Scottish Leaving Certificate Examination, 1959
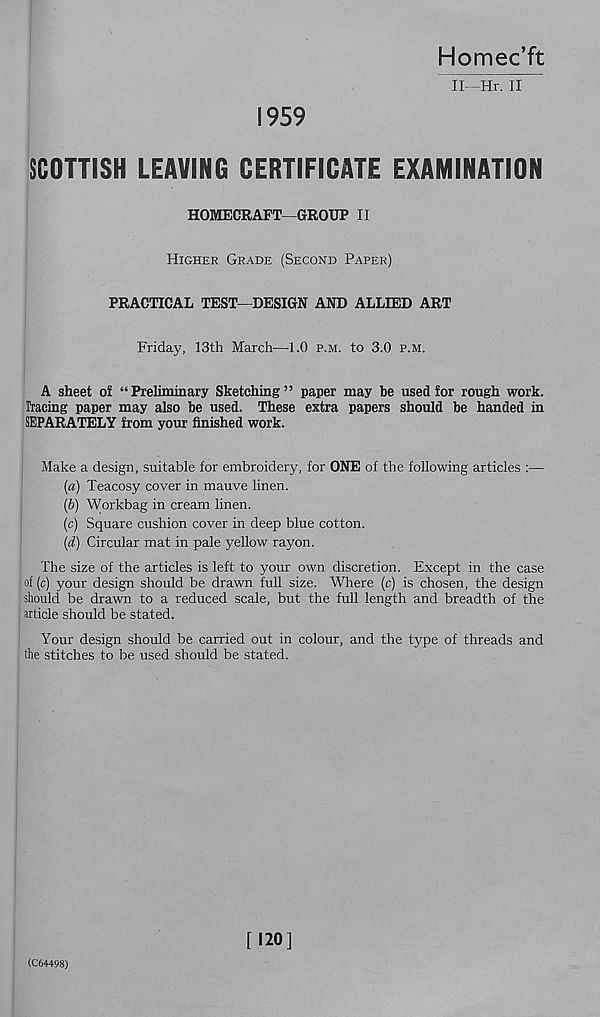
Homec’ft
II—Hr. II
1959
SCOTTISH LEAVING CERTIFICATE EXAMINATION
HOMECRAFT—GROUP II
Higher Grade (Second Paper)
PRACTICAL TEST—DESIGN AND ALLIED ART
Friday, 13th March—1.0 p.m. to 3.0 p.m.
A sheet of “Preliminary Sketching” paper may be used for rough work.
Tracing paper may also be used. These extra papers should be handed in
SEPARATELY from your finished work.
Make a design, suitable for embroidery, for ONE of the following articles :—
[а) Teacosy cover in mauve linen.
(б) Workbag in cream linen.
(c) Square cushion cover in deep blue cotton.
{d) Circular mat in pale yellow rayon.
The size of the articles is left to your own discretion. Except in the case
of (c) your design should be drawn full size. Where (c) is chosen, the design
should be drawn to a reduced scale, but the full length and breadth of the
article should be stated.
Your design should be carried out in colour, and the type of threads and
the stitches to be used should be stated.
(C64498)
[120]